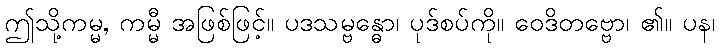
ဤသို့ကမ္မ, ကမ္မီ အဖြစ်ဖြင့်။ ပဒသမ္ဗန္ဓော၊ ပုဒ်စပ်ကို။ ဝေဒိတဗ္ဗော၊ ၏။ ပန၊